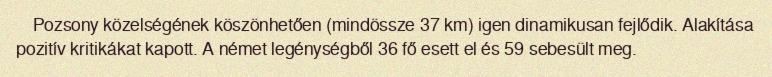
Pozsony közelségének köszönhetően (mindössze 37 km) igen dinamikusan fejlődik. Alakítása pozitív kritikákat kapott. A német legénységből 36 fő esett el és 59 sebesült meg.